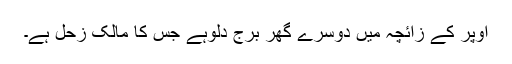
اوپر کے زائچہ میں دوسرے گھر برج دلوہے جس کا مالک زحل ہے۔